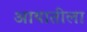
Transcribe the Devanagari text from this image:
आयातीला